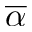
\overline { \alpha }